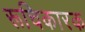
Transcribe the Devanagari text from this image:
रूचिकारक